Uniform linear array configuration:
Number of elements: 24
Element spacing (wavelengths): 0.75
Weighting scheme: blackman
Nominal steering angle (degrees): -30
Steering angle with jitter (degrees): -30.408
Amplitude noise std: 0.05
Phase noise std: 0.05

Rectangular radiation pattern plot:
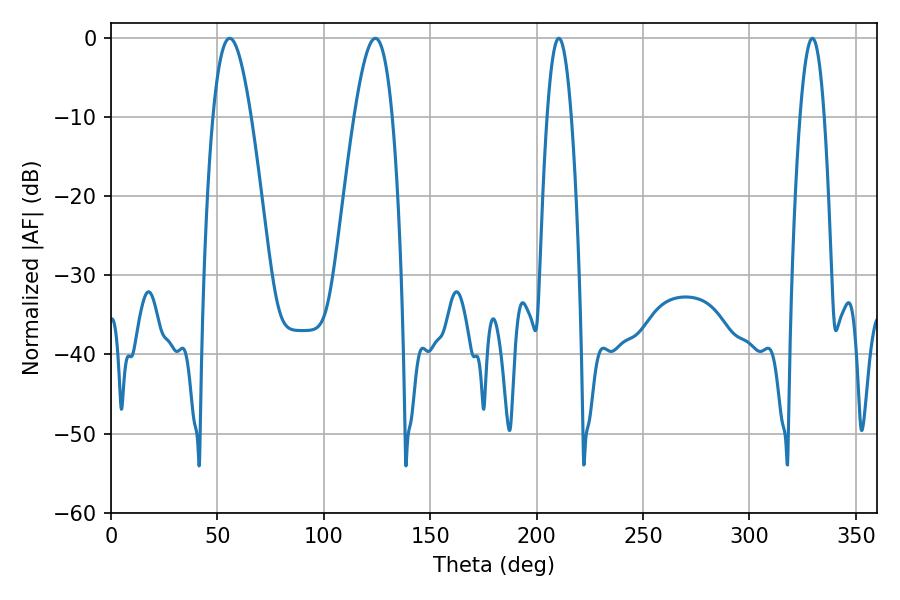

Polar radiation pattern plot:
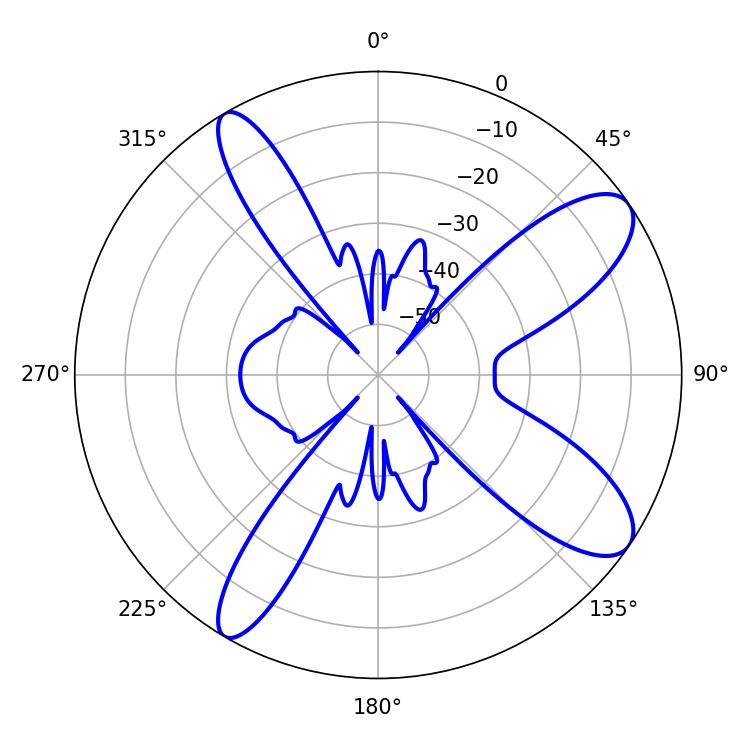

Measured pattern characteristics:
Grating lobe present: TRUE
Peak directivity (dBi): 10.303
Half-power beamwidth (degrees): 6.3
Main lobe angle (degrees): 210.42